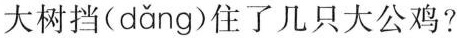
大树挡( dǎng )住了几只大公鸡?